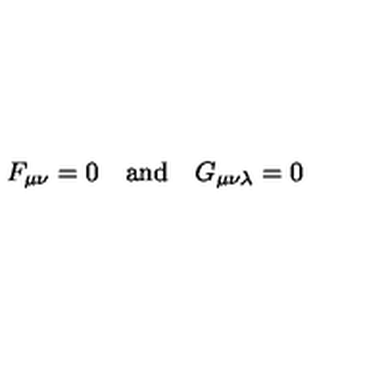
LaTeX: F _ { \mu \nu } = 0 \quad \mathrm { a n d } \quad G _ { \mu \nu \lambda } = 0